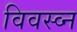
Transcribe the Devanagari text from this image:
विवस्व्न